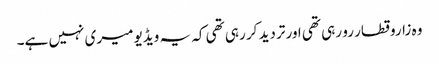
وہ زاروقطار رو رہی تھی اور تردید کر رہی تھی کہ یہ ویڈیو میری نہیں ہے۔